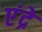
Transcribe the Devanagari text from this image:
एंद्रे